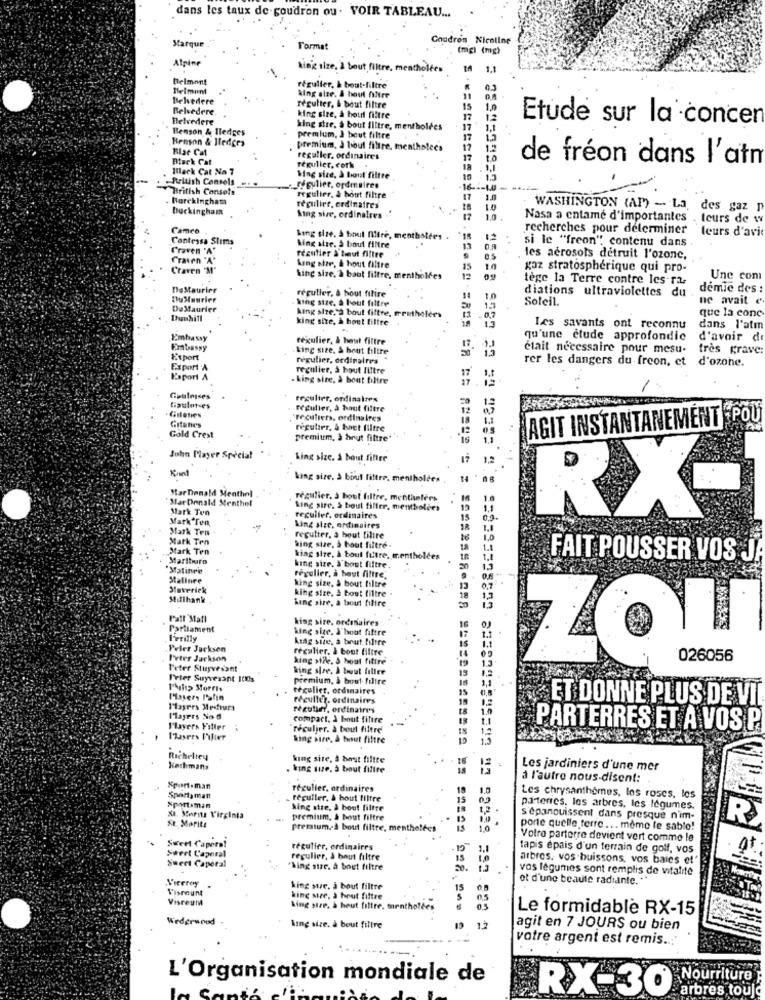
dans les taux de goudron ou . VOIR TABLEAU ...
Goudron Nicoline
Marque
Format
(mg) (mg)
Alpine
kinie size, À bout filtre, menthol
1.
Delmont
Belmont
régulier, & bout-filtre
Belvedere
king size. A tout filtre
Belvedere
régulier, & bout filtre
Belvedere
king size, à hout filtre
Benson & Iledges
king stre, a bout filtre, mentholfes
17
Etude sur la concen
Benson & Iledges
premium, J bout filtre
17
Bar Cat
premium, à tout filtre, mentholecs
17
12
Black Cat
reguller, ordinaires
17
de freon dans l'atm
Mack Cat No 7
regulier, cork
18
British Consols
Wing size, à bout filtre
10
1.5
British Consols
"_typulier, ordmaires
16 --- 1.0
Borckingham
regulier, & bout filtre
17
1.0
Buckingham
régulier, ordinaires
WASHINGTON (AP) - La
des gaz p
Sing sive, ordinaires .
17
1.0
Nasa a entamé d'importantes .
teurs de w
Camco
recherches pour determiner
leurs d'avi
Contessa Slims
king size, à bout Altre,
12
si le "freon" contenu dans .
Craven 'A'
Wing stre. à bout filtre
régulier & baut filtre
13
Craven "A"
les aerosols détruit l'ozone,
Craven 'M"
king size, & hout filtre
15
gaz stratospherique qui pro-
king size, à bout filtre, mentholfes
12
tege la Terre contre les-ra,
Une com
DeMaurier
régulier, à bout filire
diations ultraviolettes du .
demie des :
DuMaurier
king size, a bout filtre
14
10
Soleil.
ne avait e
Du Maurier
king size,"a bout filtre,
Trutholees
12
que la conc
Dunhill
king size, à bout filtre
1,3
Les savants ont reconnu
dans l'atm
Embassy
tegulier, & hast filtre
qu'une etude approfondic
d'avoir d
Embassy
king size. & bout filtre
clait nécessaire pour mesu-
très grave:
Expert
régulier, ordinaires
rer les dangers du freon, et d'ozone.
Export A
regulier, à bout filtre
Viaport A
king size, à bout bilire
Gauloises
regulier, onfinalres
Ciaulot es
regulier, à tout filtre
12 07
-Giloties
"recufiets, ordinaires
18
AGIT INSTANTANEMENT POU
Gitanes
regulier, & bact filtre
Gold Crest
premium, à brut filtre*
John Player Special
king size. & baut filtre
1,2
Kant
king sire, à borul filtre
MarDonald Menthel
StarDonald Menthol
regulier, à bout filtre, menthalers
Mark Ten
Ring sire. > bout filler, nembolers
12
RX-
Mark Ten,
reguller, ordinaires
15
Mark Ten
king size, ordinaires
18
1.1
Mark Ten
regutter, à bout Lilire
te
Mark Ten
king size, a bout filtre.
13
1.1
Marlboro
king size, à tout futre, mentholces
1.1
FAIT POUSSER VOS JA
Matinee
régulier, à bout filtre,
king size. à bout filtre.
1,3
Stalinre
king size, & bout filtre
OF
0.7
Maverick
king size, à bout filtre .
13
Stillhank
king size, à bout filtre
1,3
Pall Mall
king sire, ordinaires
16
Parliament
king size. I'bout filtre
Ferilly
Arag size, a brut.filtre
Peler Jackson
régulier, à bout filtre
Peter Jackson
king stře. 5 hout filtre
ZOT
Peter Stuyvesant
king size, & bout fillee
19 1.3
19
Peter Suyvesant Jods
premium, à bout- filtre
Philip Morris
régulier, ordinaires
15
Players Palin
réculler. ordinaires
ET DONNE PLUS DE VIL
Players Medfura
recutuanf, ordinaire's
1.0
Mayers No d
compact, à bout filtre
19
Players Filter
reculjer. à bout filtre
ts
PARTERRES ET A VOS P
Payers Pilier
king sire, à tout filtre
10
Richeltey
king sire, à bout fillte
16
Kerkmans
king size, a bout filice
Les jardiniers d'une mer
à l'autre nous-disent:
Sport.man
régulier, ordinaires
18
Sportsman
_ reguller, & bout filtre
15
Les chrysanthemes, les roses, los
Sportsman
king stre, à bout filtre
parterres, les arbres, les légumes.
XI. Moritz Virginia
St. Moritz
premium, à bout filtre
s'épanouissent dans presque n'im-
R
premium A bott filtre, mentholder
IS
10
porte quelle ferre ... meme le sable!
Sweet Caperat
Votro parterre devient vert comme le
Sweet Caporal
récutier, ordinaires
1.1
tapis épais d'un terrain de golf, vos
Sweet Caporal
regulier, à bout filtre
15
arbres, vos buissons, vos baies et'
"hing stre, à bout filtre
12
vas legumes sont remplis de vitalite
Vierray
ot d'une beaute radiante. ..
Viscount
king ste, à bout filtre
15
Visreum
king size, à hout filtre
king size, à bout filtre, mentholdes
Le formidable RX-15
Wederwood
king size. à bout filtre
agit en 7 JOURS ou bien
votre argent est remis ... '
L'Organisation mondiale de
Nourriture
RX-30
arbres touje